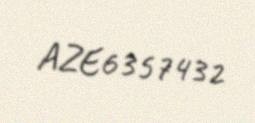
AZE6357432